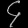
Digit: ၄